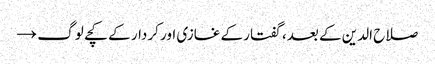
صلاح الدین کے بعد، گفتار کے غازی اور کردار کے کچے لوگ →